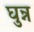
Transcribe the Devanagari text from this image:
घुन्न